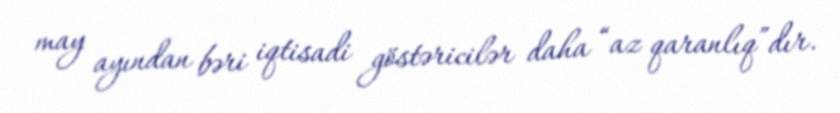
may ayından bəri iqtisadi göstəricilər daha “az qaranlıq”dır.